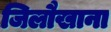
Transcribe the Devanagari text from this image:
जिलौखाना